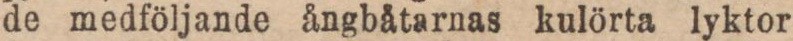
de medföljande ångbåtarnas kulörta lyktor